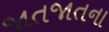
જાતજાતના